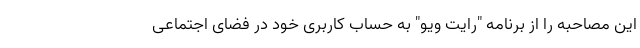
این مصاحبه را از برنامه "رایت ویو" به حساب کاربری خود در فضای اجتماعی